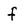
Character: f